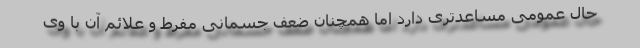
حال عمومی مساعدتری دارد اما همچنان ضعف جسمانی مفرط و علائم آن با وی